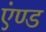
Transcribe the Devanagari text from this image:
एंण्ड